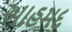
આહમદ